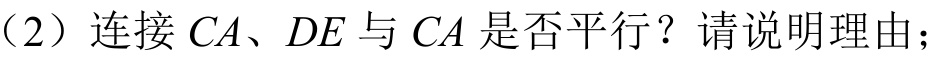
（2）连接 \(CA\)、\(DE\)与 \(CA\)是否平行？请说明理由；